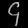
Digit: ၄